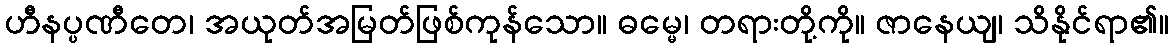
ဟီနပ္ပဏီတေ၊ အယုတ်အမြတ်ဖြစ်ကုန်သော။ ဓမ္မေ၊ တရားတို့ကို။ ဇာနေယျ၊ သိနိုင်ရာ၏။